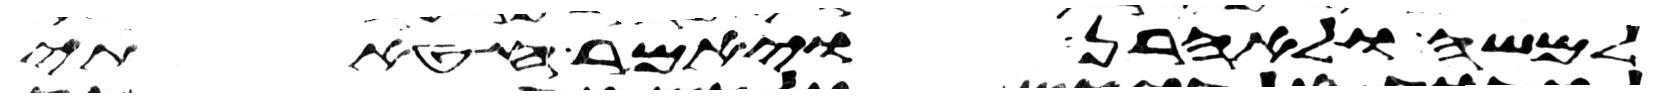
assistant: למשה ולאהרן ויאמר חטאתי